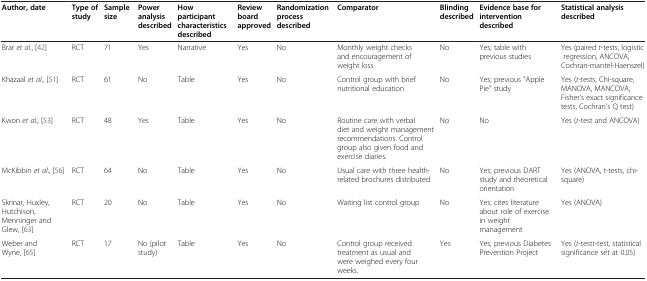
<table><thead><tr><td><b>Author, date</b></td><td><b>Type of study</b></td><td><b>Sample size</b></td><td><b>Power analysis described</b></td><td><b>How participant characteristics described</b></td><td><b>Review board approved</b></td><td><b>Randomization process described</b></td><td><b>Comparator</b></td><td><b>Blinding described</b></td><td><b>Evidence base for intervention described</b></td><td><b>Statistical analysis described</b></td></tr></thead><tbody><tr><td>Brar <i>et al</i>.,[42]</td><td>RCT</td><td>71</td><td>Yes</td><td>Narrative</td><td>Yes</td><td>No</td><td>Monthly weight checks and encouragement of weight loss</td><td>No</td><td>Yes; table with previous studies</td><td>Yes (paired <i>t</i>-tests, logistic regression, ANCOVA, Cochran-mantel-Haenszel)</td></tr><tr><td>Khazaal <i>et al</i>.,[51]</td><td>RCT</td><td>61</td><td>No</td><td>Table</td><td>Yes</td><td>No</td><td>Control group with brief nutritional education</td><td>No</td><td>Yes; previous &quot;Apple Pie&quot; study</td><td>Yes (<i>t</i>-tests, Chi-square, MANOVA, MANCOVA, Fisher&#x27;s exact significance tests, Cochran&#x27;s Q test)</td></tr><tr><td>Kwon <i>et al</i>.,[53]</td><td>RCT</td><td>48</td><td>Yes</td><td>Table</td><td>Yes</td><td>No</td><td>Routine care with verbal diet and weight management recommendations. Control group also given food and exercise diaries.</td><td>No</td><td>No</td><td>Yes (<i>t</i>-test and ANCOVA)</td></tr><tr><td>McKibbin <i>et al</i>.,[56]</td><td>RCT</td><td>64</td><td>No</td><td>Table</td><td>Yes</td><td>No</td><td>Usual care with three health-related brochures distributed</td><td>No</td><td>Yes; previous DART study and theoretical orientation</td><td>Yes (ANOVA, t-tests, chi-square)</td></tr><tr><td>Skrinar, Huxley, Hutchison, Menninger and Glew,[63]</td><td>RCT</td><td>20</td><td>No</td><td>Table</td><td>Yes</td><td>No</td><td>Waiting list control group</td><td>No</td><td>Yes; cites literature about role of exercise in weight management</td><td>Yes (ANOVA)</td></tr><tr><td>Weber and Wyne,[65]</td><td>RCT</td><td>17</td><td>No (pilot study)</td><td>Table</td><td>Yes</td><td>No</td><td>Control group received treatment as usual and were weighed every four weeks.</td><td>Yes</td><td>Yes; previous Diabetes Prevention Project</td><td>Yes (<i>t</i>-test<i>t</i>-test, statistical significance set at 0.05)</td></tr></tbody></table>